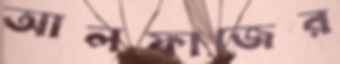
আলফাজের